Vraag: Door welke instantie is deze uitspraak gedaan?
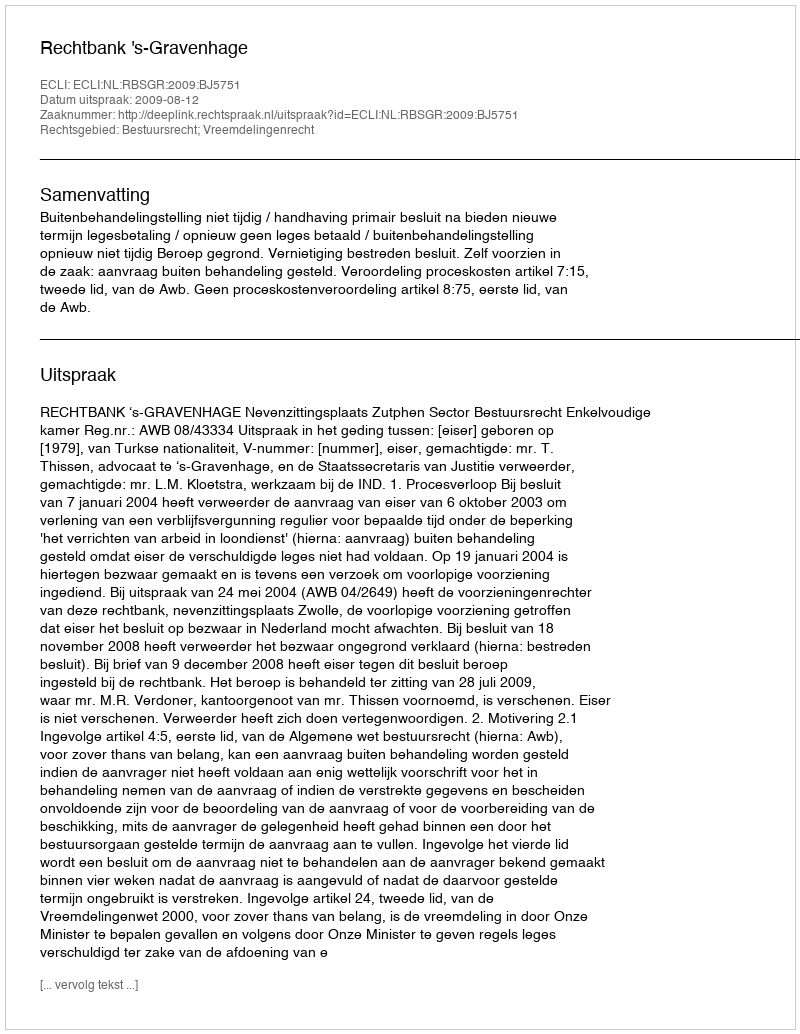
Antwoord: Rechtbank 's-Gravenhage